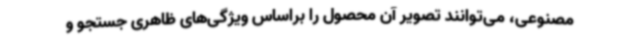
مصنوعی، می‌توانند تصویر آن محصول را براساس ویژگی‌های ظاهری جستجو و